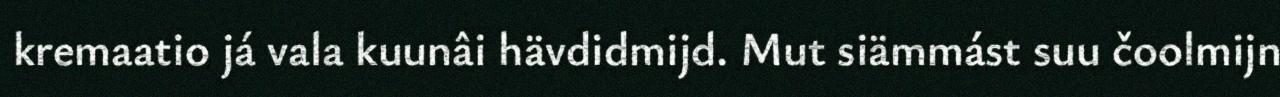
kremaatio já vala kuunâi hävdidmijd. Mut siämmást suu čoolmijn